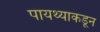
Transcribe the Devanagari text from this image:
पायथ्याकडून